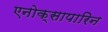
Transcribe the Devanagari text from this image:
एनोक्सापारिन